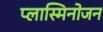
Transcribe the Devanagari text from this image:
प्लास्मिनोजन